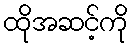
ထိုအဆင့်ကို